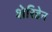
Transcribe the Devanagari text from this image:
शेरिडेन